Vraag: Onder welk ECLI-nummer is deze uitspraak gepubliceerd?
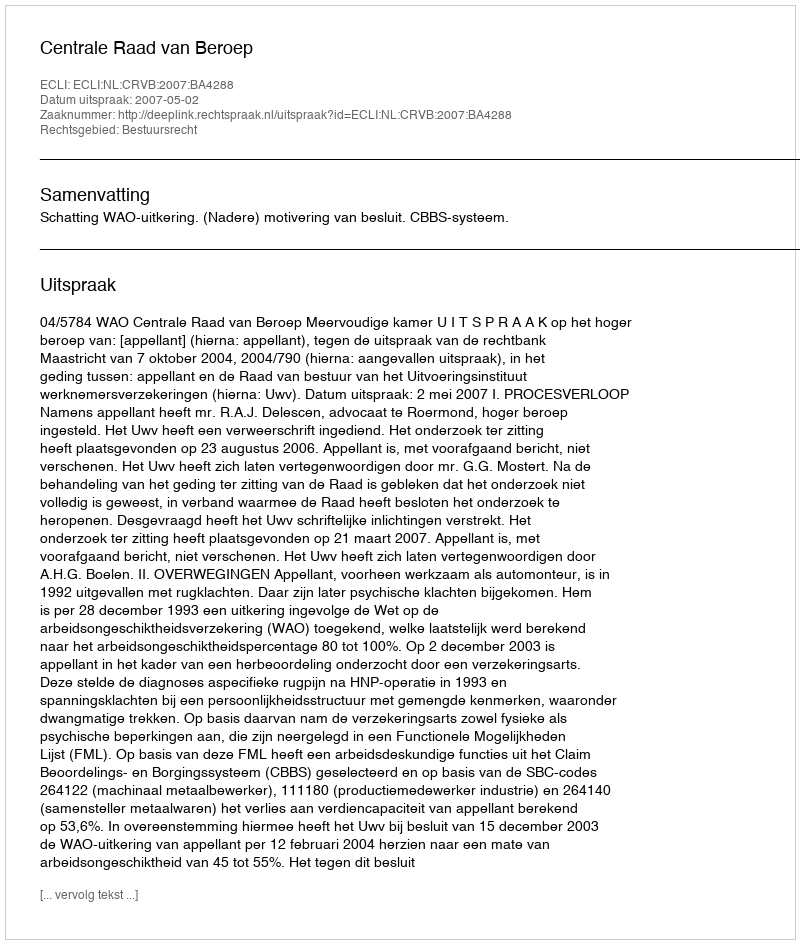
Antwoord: ECLI:NL:CRVB:2007:BA4288